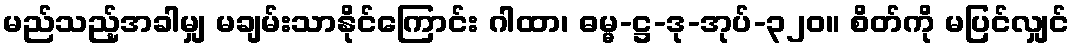
မည်သည့်အခါမျှ မချမ်းသာနိုင်ကြောင်း ဂါထာ၊ ဓမ္မ-ဋ္ဌ-ဒု-အုပ်-၃၂၀။ စိတ်ကို မပြင်လျှင်